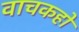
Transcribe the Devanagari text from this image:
वाचकहो